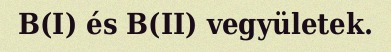
B(I) és B(II) vegyületek.